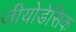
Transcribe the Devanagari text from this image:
जीयोडेसिक